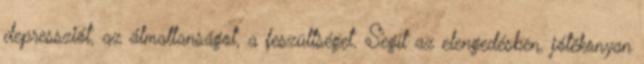
depressziót, az álmatlanságot, a feszültséget. Segít az elengedésben, jótékonyan